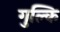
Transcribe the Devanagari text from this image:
गुल्कि